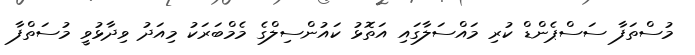
މުސްތަފާ ސަސްޕެންޑް ކުރި މައްސަލާގައި އަތޮޅު ކައުންސިލްގެ މެމްބަރަކު މިއަދު ވިދާޅުވީ މުސަތްފާ